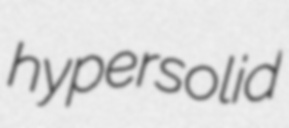
hypersolid